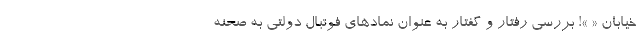
خیابان « »! بررسی رفتار و گفتار به عنوان نمادهای فوتبال دولتی به صحنه